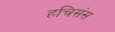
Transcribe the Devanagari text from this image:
हचिसंस